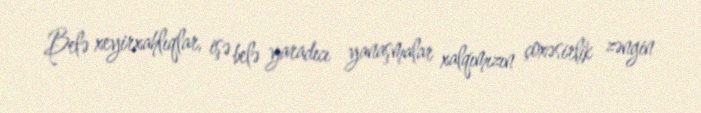
Belə xeyirxahlıqlar, işə belə yaradıcı yanaşmalar xalqımızın çoxəsirlik zəngin